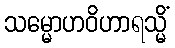
သမ္မောဟဝိဟာရသ္မိံ